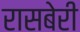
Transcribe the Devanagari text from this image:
रासबेरी